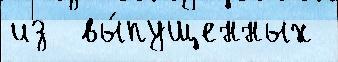
из  вы́пущенных